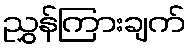
ညွှန်ကြားချက်